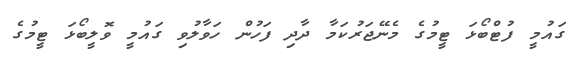
ގައުމީ ފުޓްބޯޅަ ޓީމުގެ މެނޭޖަރުކަމާ ދާދި ފަހުން ހަވާލުވި ގައުމީ ވޮލީބޯޅަ ޓީމުގެ